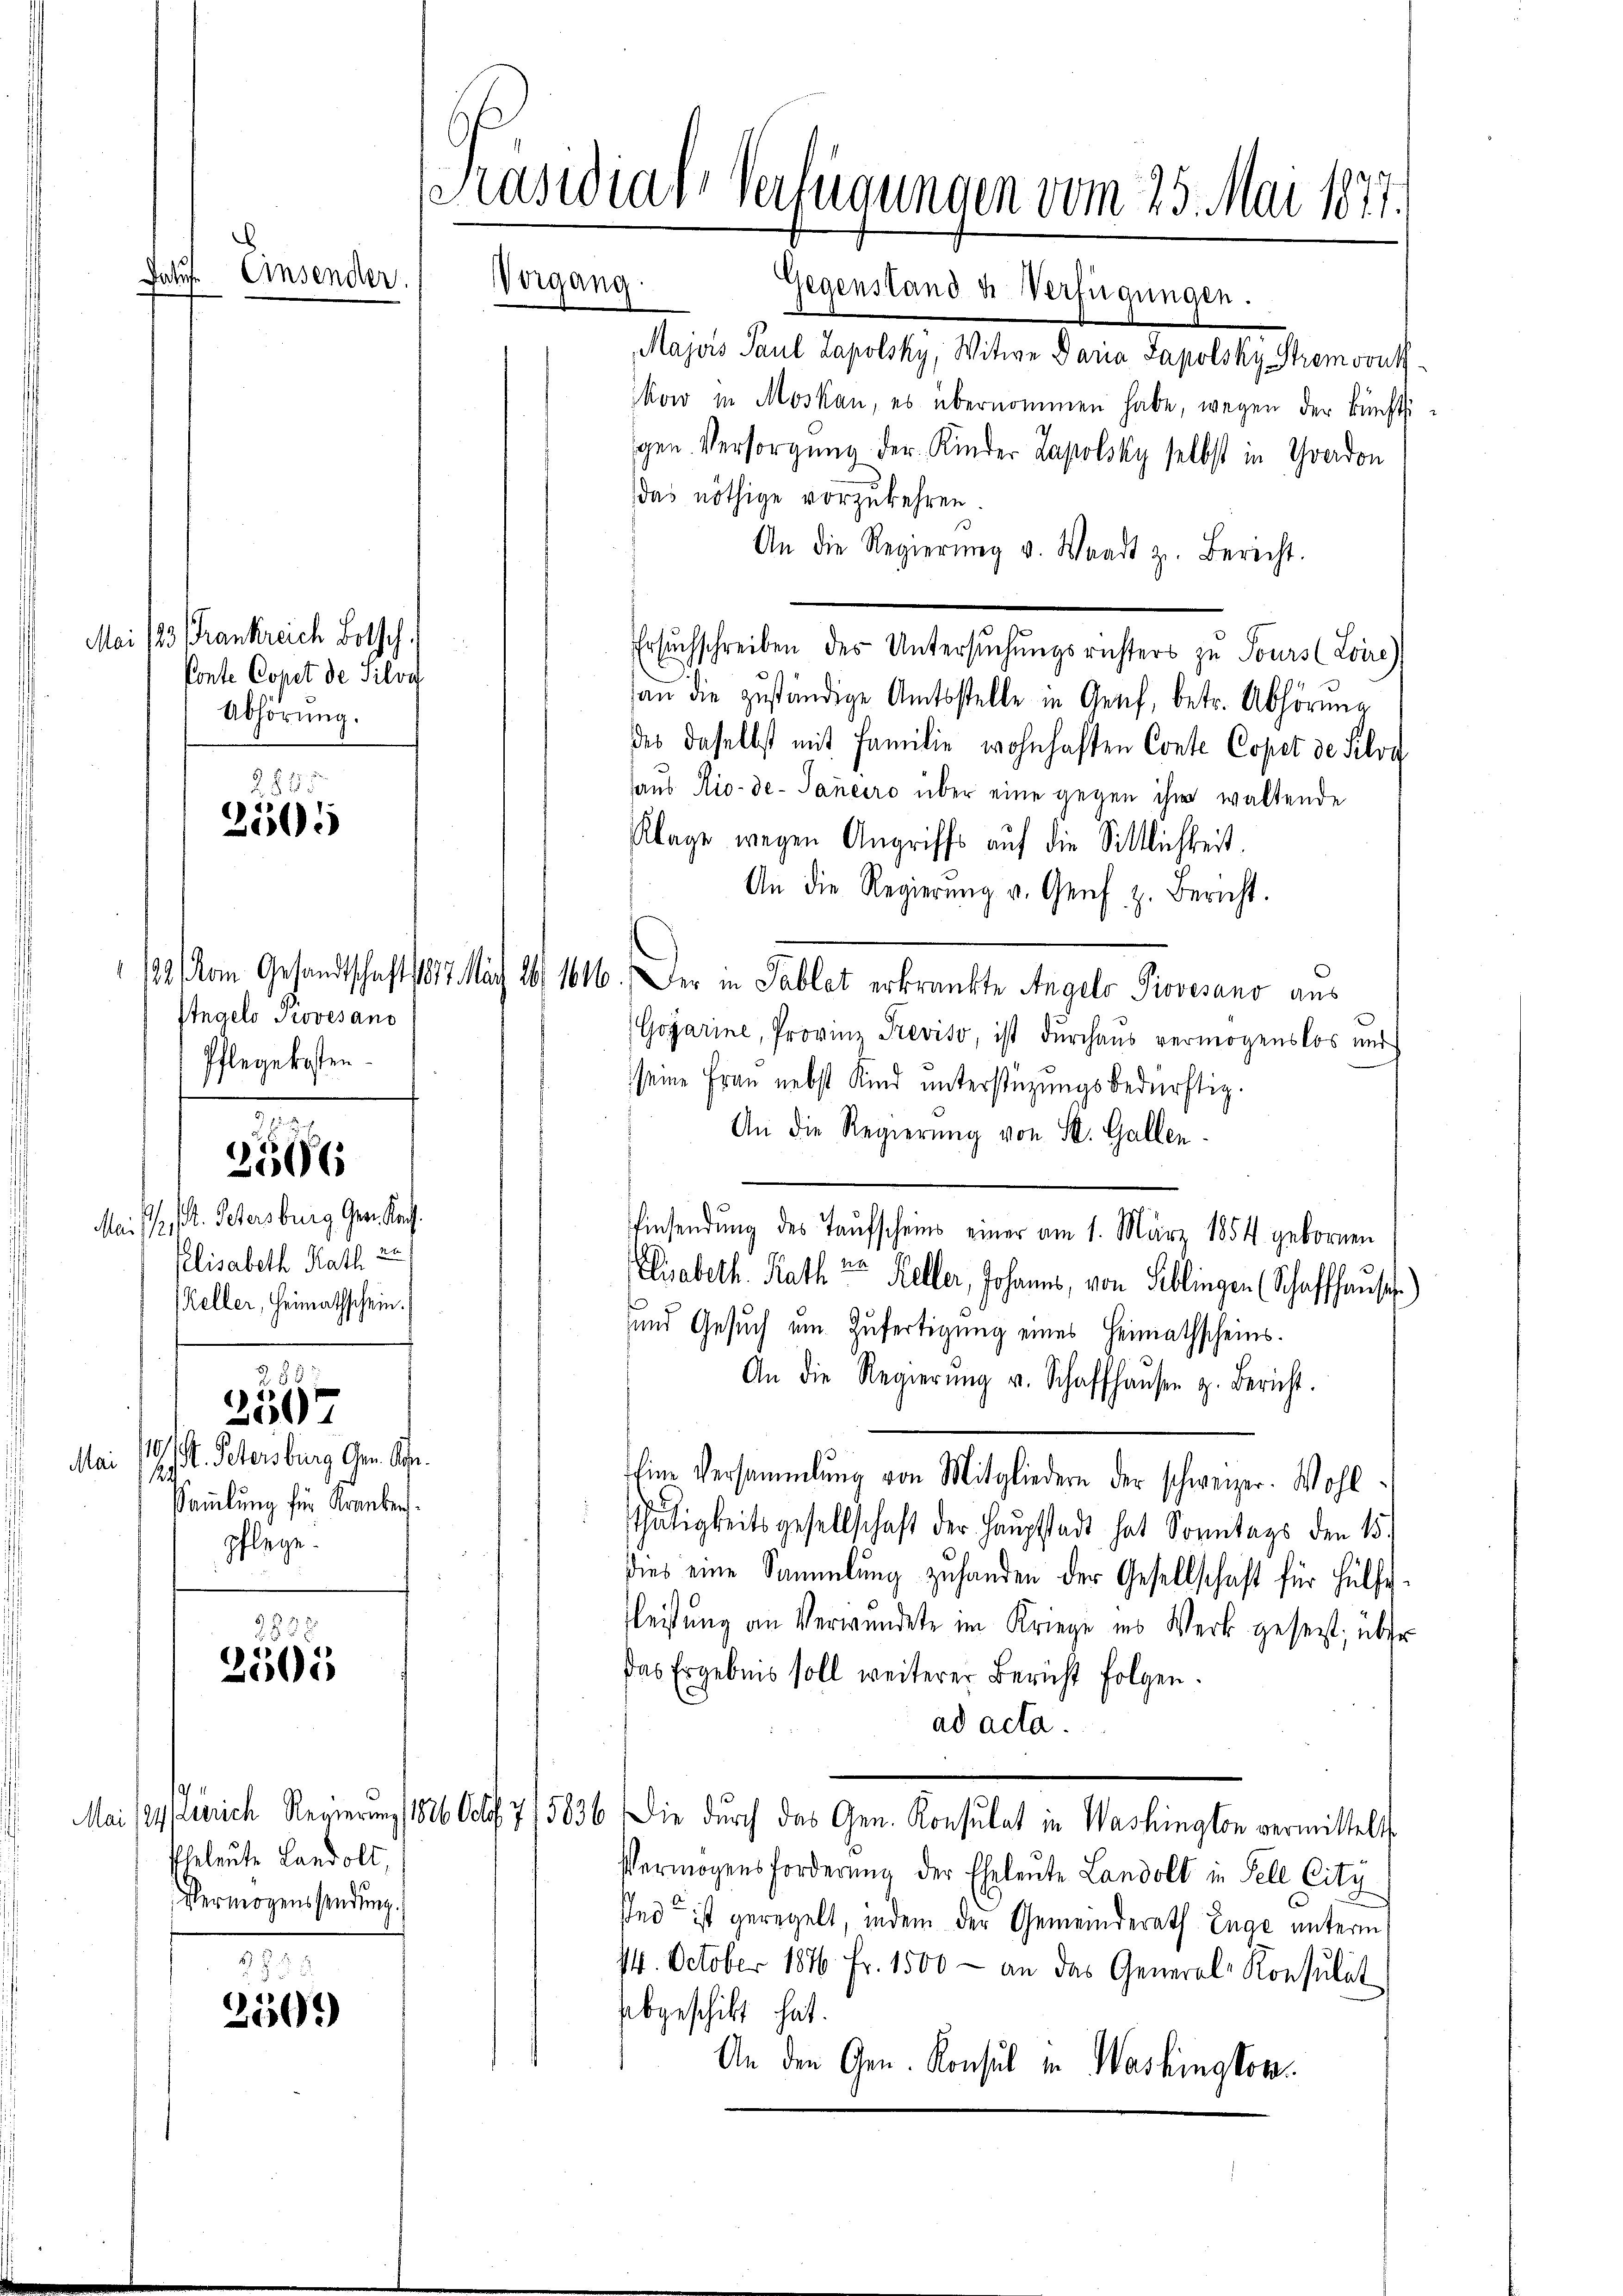
b.
Da
Einsender

2825
2505

Angelo Provesand
Pflegekosten.

2566

Mai d. M. Petersburg Ger. Kan
Plisabeth Rath zu
Keller, Heimathschein.
285:
2507
10.
K. Petersburg Gem. Kon
Mai
s
Sammlung für Kranken.
pflege.

283.
2505

Eheleute Landolt,
Vermögenssendung.

3 5 5
2509)

Mei /23. Frankreich Botsch.
Ponte Copet de Silva
Abhörung.

[Präsidial-Verfügungen vom 25. Mai 1877.
Vergang.

Gegenstand u. Verfügungen.
Majors Paul Lapolsky, Witwe Daria Sapolsky Shemoonth
kow in Moskau, es übernommen habe, wegen der künftigen. Versorgung der Kinder Lapolsky selbst in Gradon
das nöthige vorzukehren.
An die Regierŭng v. Waadt z. Bericht.
Ersŭchschreiben des Untersŭchŭngsrichters zu Tours (Zoire)
an die zuständige Amtsstelle in Genf, betr. Abhörung
des daselbst mit Familie wohnhaften Conte Copet de Silva
aus Rio-de-Janeiro über eine gegen ihm waltende
Klage wegen Angriffs auf die Sittlichkeit.
An die Regierŭng u. Genf z. Bericht.
132/ vom Gesandtschaft 1817. Nach 26. 1616. Der in Tablat erkrankte Angelo Piovesano aus
Gojarine, Provin Reviso, ist durchaus vermögenslos und
seine Frau nebst Kind unterstüzungsbedürftig.
An die Regierung von St. Gallen.
Einsendung des Taufscheins einer am 1. März 1854 gebornen
Esabeth Rath von Keller, Johanns, von Seblingen (Schaffhause.)
und Gesuch um Zufertigung eines Heimathscheins.
An die Regierŭng u. Schaffhaŭsen z. Bericht.
Eine Versammlung von Mitgliedern der schweizer. Wohl-
Thätigkeitsgesellschaft der Hauptstadt hat Sonntags den 15.
dies eine Sammlung zuhanden der Gesellschaft für Hülfs¬
Fleistung an Verwundete im Kriege ins Werk gesezt; über
Das Ergebnis soll weiterer Bericht folgen.
ad acta.
Mai 184 errich Regierung 1826 Octf 7/5836. Die durch das Gen. Konsulat in Washington vermittelt
Vermögensforderung der Eheleute Landolt in Fell City
sed ist geregelt, indem der Gemeinderath Enge unterm
14. October 1846 Fr. 1500 — an das General-Konsulat
abgeschickt hat.
An den Gen. Konsul in Washington